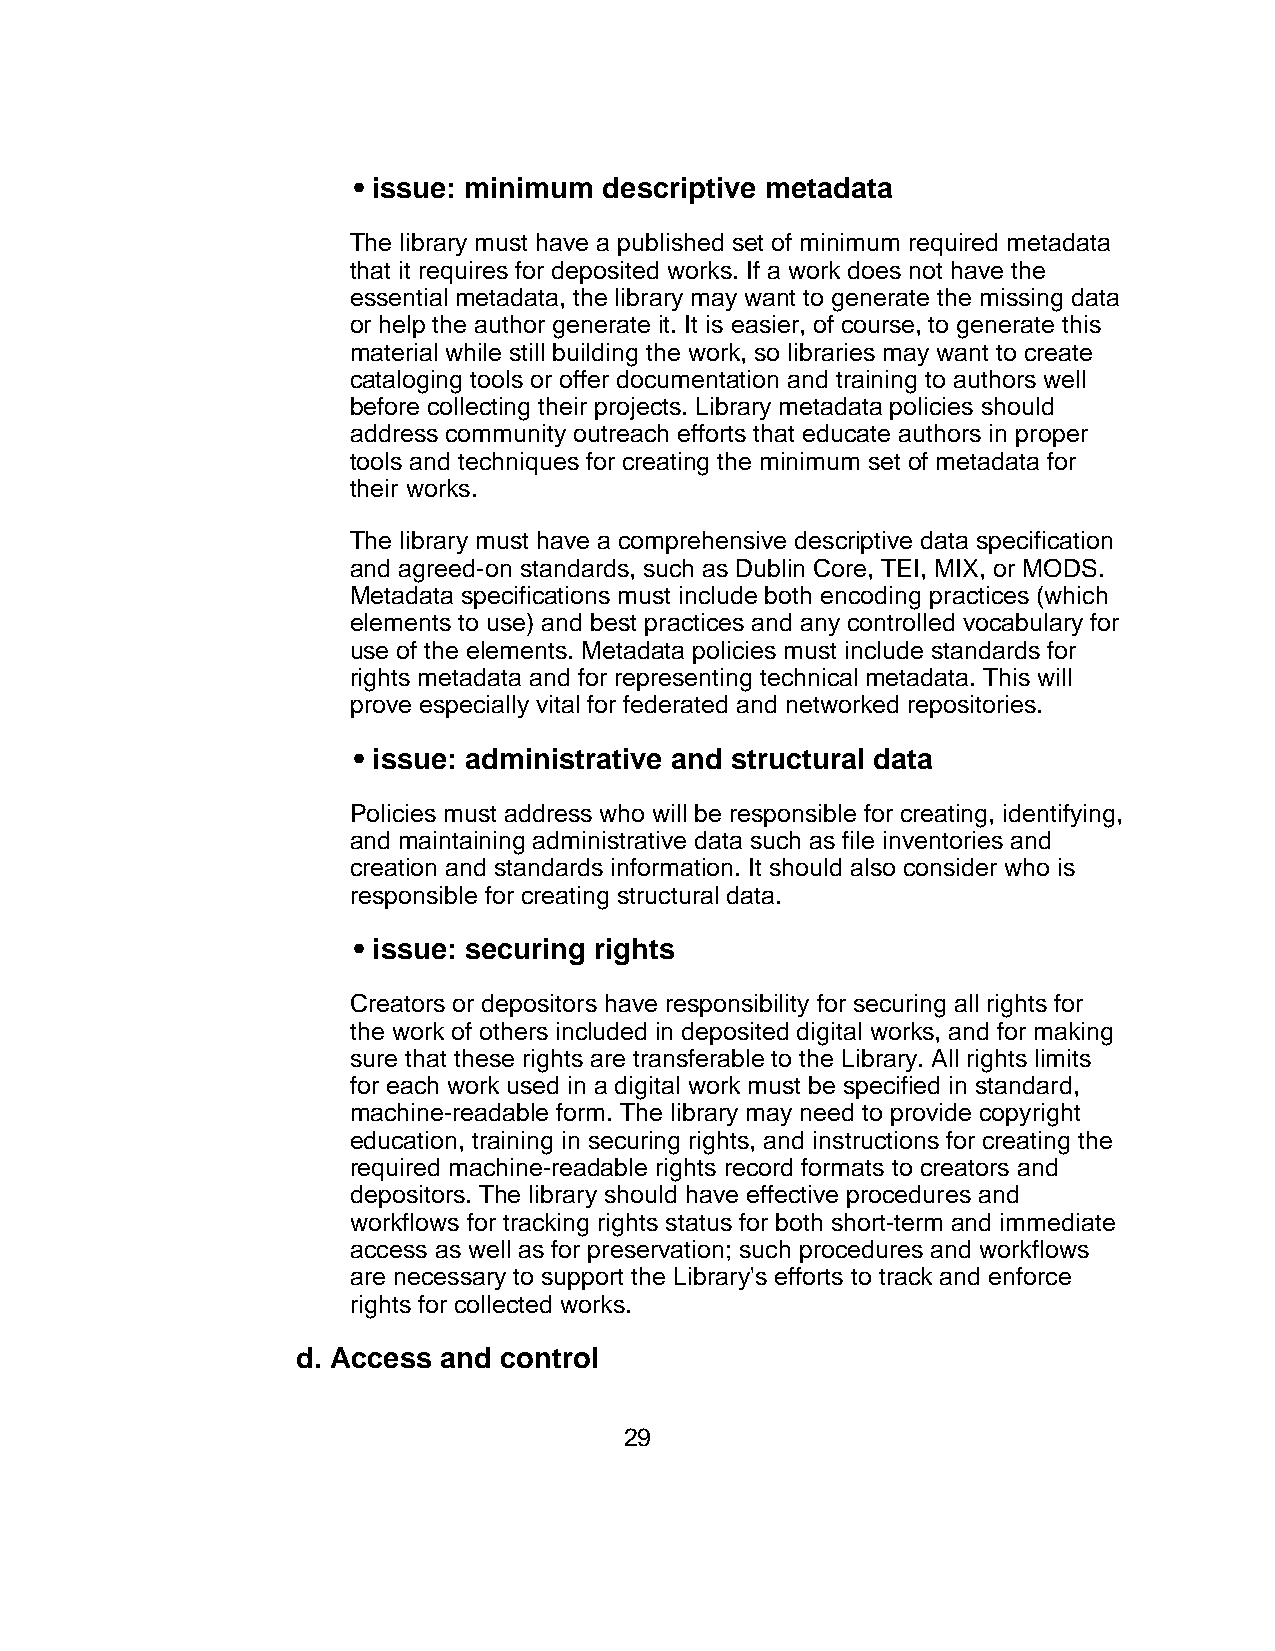
• issue: minimum descriptive metadata
 The library must have a published set of minimum required metadata
 that it requires for deposited works. If a work does not have the
 essential metadata, the library may want to generate the missing data
 or help the author generate it. It is easier, of course, to generate this
 material while still building the work, so libraries may want to create
 cataloging tools or offer documentation and training to authors well
 before collecting their projects. Library metadata policies should
 address community outreach efforts that educate authors in proper
 tools and techniques for creating the minimum set of metadata for
 their works.
 The library must have a comprehensive descriptive data specification
 and agreed-on standards, such as Dublin Core, TEI, MIX, or MODS.
 Metadata specifications must include both encoding practices (which
 elements to use) and best practices and any controlled vocabulary for
 use of the elements. Metadata policies must include standards for
 rights metadata and for representing technical metadata. This will
 prove especially vital for federated and networked repositories.
 • issue: administrative and structural data
 Policies must address who will be responsible for creating, identifying,
 and maintaining administrative data such as file inventories and
 creation and standards information. It should also consider who is
 responsible for creating structural data.
 • issue: securing rights
 Creators or depositors have responsibility for securing all rights for
 the work of others included in deposited digital works, and for making
 sure that these rights are transferable to the Library. All rights limits
 for each work used in a digital work must be specified in standard,
 machine-readable form. The library may need to provide copyright
 education, training in securing rights, and instructions for creating the
 required machine-readable rights record formats to creators and
 depositors. The library should have effective procedures and
 workflows for tracking rights status for both short-term and immediate
 access as well as for preservation; such procedures and workflows
 are necessary to support the Library's efforts to track and enforce
 rights for collected works.
 d. Access and control
 29